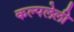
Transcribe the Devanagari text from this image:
कल्पलेली